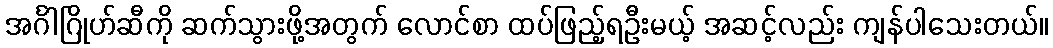
အင်္ဂါဂြိုဟ်ဆီကို ဆက်သွားဖို့အတွက် လောင်စာ ထပ်ဖြည့်ရဦးမယ့် အဆင့်လည်း ကျန်ပါသေးတယ်။